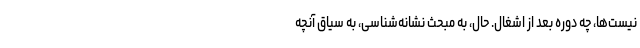
نیست‌ها، چه دوره بعد از اشغال. حال، به مبحث نشانه‌شناسی، به سیاق آنچه